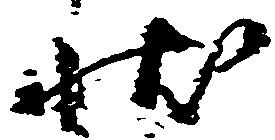
状